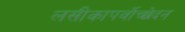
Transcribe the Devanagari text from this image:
लसीकापर्वोच्छेदन